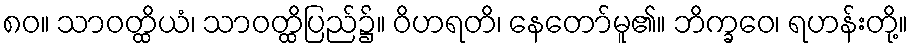
၈၀။ သာဝတ္ထိယံ၊ သာဝတ္ထိပြည်၌။ ဝိဟရတိ၊ နေတော်မူ၏။ ဘိက္ခဝေ၊ ရဟန်းတို့။